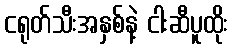
ငရုတ်သီးအနှစ်နဲ့ ငါးဆီပူထိုး